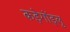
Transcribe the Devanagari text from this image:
कड़ेगोंड्लु